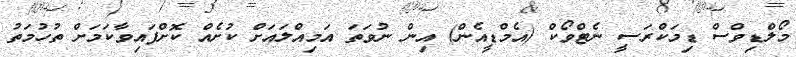
މޯލްޑިވްސް ޑިމަކްރަސީ ނެޓްވޯކް (އެމްޑީއެން) އިން ނުވަތަ އަމިއްލައަށް ކުށެއް ކޮށްފައިވާކަމަށް ތުހުމަތު